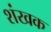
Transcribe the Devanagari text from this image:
शंखक